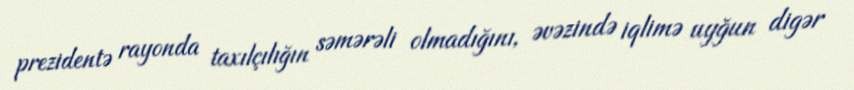
prezidentə rayonda taxılçılığın səmərəli olmadığını, əvəzində iqlimə uyğun digər